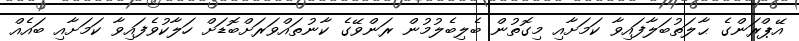
އޭޕްރަންގެ ޙާލަތުބަލާފައިވާ ކަމަށާއި މިގޮތުން ބެލިބެލުމުން ރަންވޭގެ ކާނުތައްވަރަށްބޮޑަށް ހަލާކުވެފައިވާ ކަމަށާއި ބައެއް